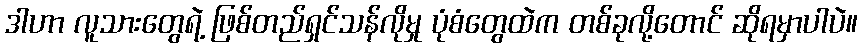
ဒါဟာ လူသားတွေရဲ့ ဖြစ်တည်ရှင်သန်လိုမှု ပုံစံတွေထဲက တစ်ခုလို့တောင် ဆိုရမှာပါပဲ။